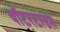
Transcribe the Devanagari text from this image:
वॉटरटाउऩ